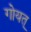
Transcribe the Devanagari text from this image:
गोयत्